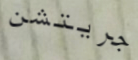
جريتشن